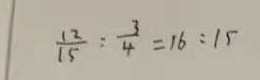
\frac { 1 2 } { 1 5 } : \frac { 3 } { 4 } = 1 6 : 1 5